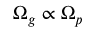
\Omega _ { g } \propto \Omega _ { p }